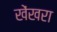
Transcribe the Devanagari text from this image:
खेंखरा